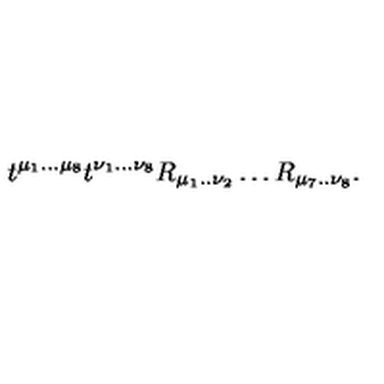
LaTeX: t ^ { \mu _ { 1 } . . . \mu _ { 8 } } t ^ { \nu _ { 1 } . . . \nu _ { 8 } } R _ { \mu _ { 1 } . . \nu _ { 2 } } \ldots R _ { \mu _ { 7 } . . \nu _ { 8 } } .